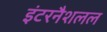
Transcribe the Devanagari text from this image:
इंटरनैशलल